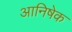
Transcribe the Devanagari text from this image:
आनिषेक